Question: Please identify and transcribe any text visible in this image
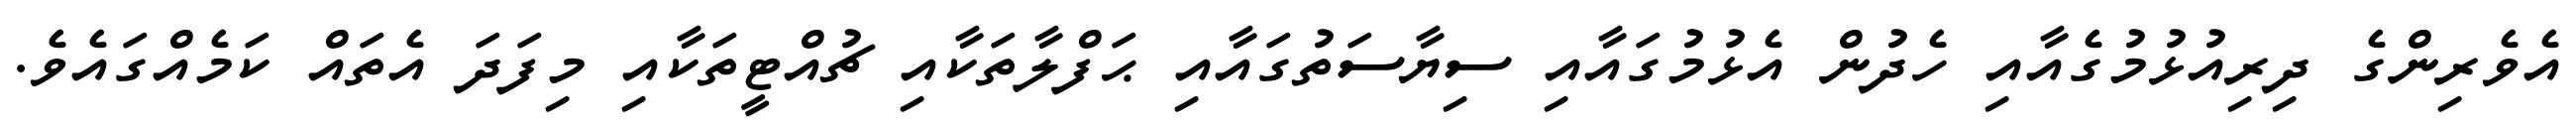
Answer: އެވެރިންގެ ދިރިއުޅުމުގެއާއި ހެދުން އެޅުމުގައާއި ސިޔާސަތުގައާއި ޙަފްލާތަކާއި ޗުއްޓީތަކާއި މިފަދަ އެތައް ކަމެއްގައެވެ.